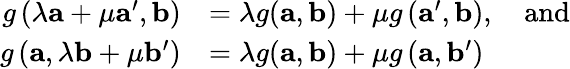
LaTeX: {\begin{array}{rl}{g\left(\lambda\mathbf{a}+\mu\mathbf{a}^{\prime},\mathbf{b}\right)}&{=\lambda g(\mathbf{a},\mathbf{b})+\mu g\left(\mathbf{a}^{\prime},\mathbf{b}\right),\quad{\mathrm{and}}}\\ {g\left(\mathbf{a},\lambda\mathbf{b}+\mu\mathbf{b}^{\prime}\right)}&{=\lambda g(\mathbf{a},\mathbf{b})+\mu g\left(\mathbf{a},\mathbf{b}^{\prime}\right)}\end{array}}